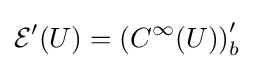
{\mathcal {E}}^{\prime }(U)=\left(C^{\infty }(U)\right)_{b}^{\prime }